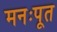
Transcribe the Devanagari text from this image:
मनःपूत